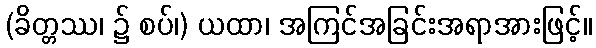
(ခိတ္တဿ၊ ၌ စပ်၊) ယထာ၊ အကြင်အခြင်းအရာအားဖြင့်။